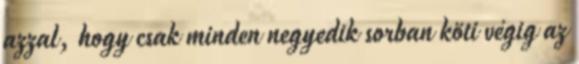
azzal, hogy csak minden negyedik sorban köti végig az